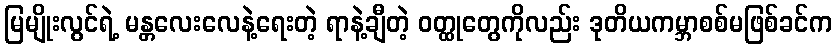
မြမျိုးလွင်ရဲ့ မန္တလေးလေနဲ့ရေးတဲ့ ရာနဲ့ချီတဲ့ ဝတ္ထုတွေကိုလည်း ဒုတိယကမ္ဘာစစ်မဖြစ်ခင်က